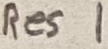
Text: Res 1